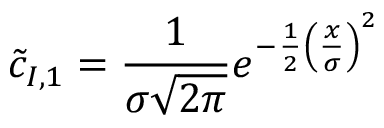
\tilde { c } _ { I , 1 } = \frac { 1 } { \sigma \sqrt { 2 \pi } } e ^ { - \frac { 1 } { 2 } \left( \frac { x } { \sigma } \right) ^ { 2 } }